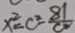
x ^ { 2 } = C ^ { 2 } - \frac { 8 1 } { C 2 }